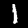
Label: 1